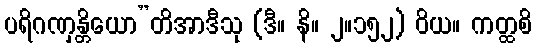
ပရိဂဏှန္တိယော”တိအာဒီသု (ဒီ။ နိ။ ၂။၁၅၂) ဝိယ။ ကတ္ထစိ